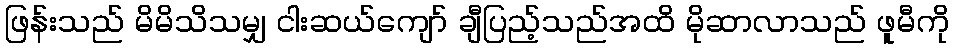
ဖြန်းသည် မိမိသိသမျှ ငါးဆယ်ကျော် ချီပြည့်သည်အထိ မိုဆာလာသည် ဖူမီကို